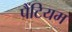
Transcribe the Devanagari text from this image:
पैंटियम